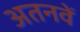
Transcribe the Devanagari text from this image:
अतनवें